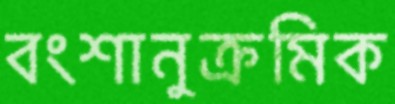
বংশানুক্রমিক